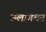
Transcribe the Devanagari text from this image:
जलागमन